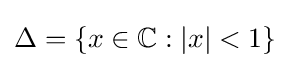
\Delta =\{x\in \mathbb {C} :|x|<1\}